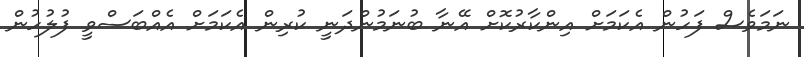
ނަމަވެސް ފަހުން އެކަމަށް އިންކާރުކޮށް އޭނާ ބުނަމުންދަނީ ކުރިން އެކަމަށް އެއްބަސްވީ ފުލުހުން